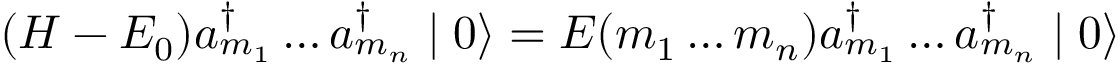
( H - E _ { 0 } ) a _ { m _ { 1 } } ^ { \dagger } \ldots a _ { m _ { n } } ^ { \dagger } \mid 0 \rangle = E ( m _ { 1 } \ldots m _ { n } ) a _ { m _ { 1 } } ^ { \dagger } \ldots a _ { m _ { n } } ^ { \dagger } \mid 0 \rangle